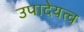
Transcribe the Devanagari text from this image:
उपादेयत्व